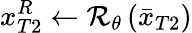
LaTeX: x_{T2}^{R}\leftarrow\mathcal{R}_{\theta}\left(\bar{x}_{T2}\right)